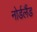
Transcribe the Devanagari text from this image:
नोर्डलैंड